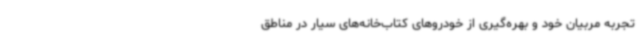
تجربه مربیان خود و بهره‌گیری از خودروهای کتاب‌خانه‌های سیار در مناطق